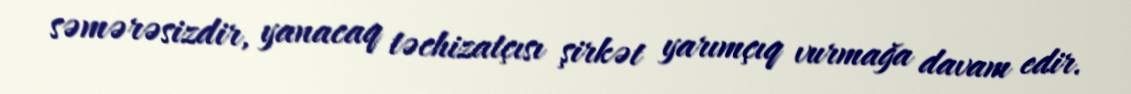
səmərəsizdir, yanacaq təchizatçısı şirkət yarımçıq vurmağa davam edir.